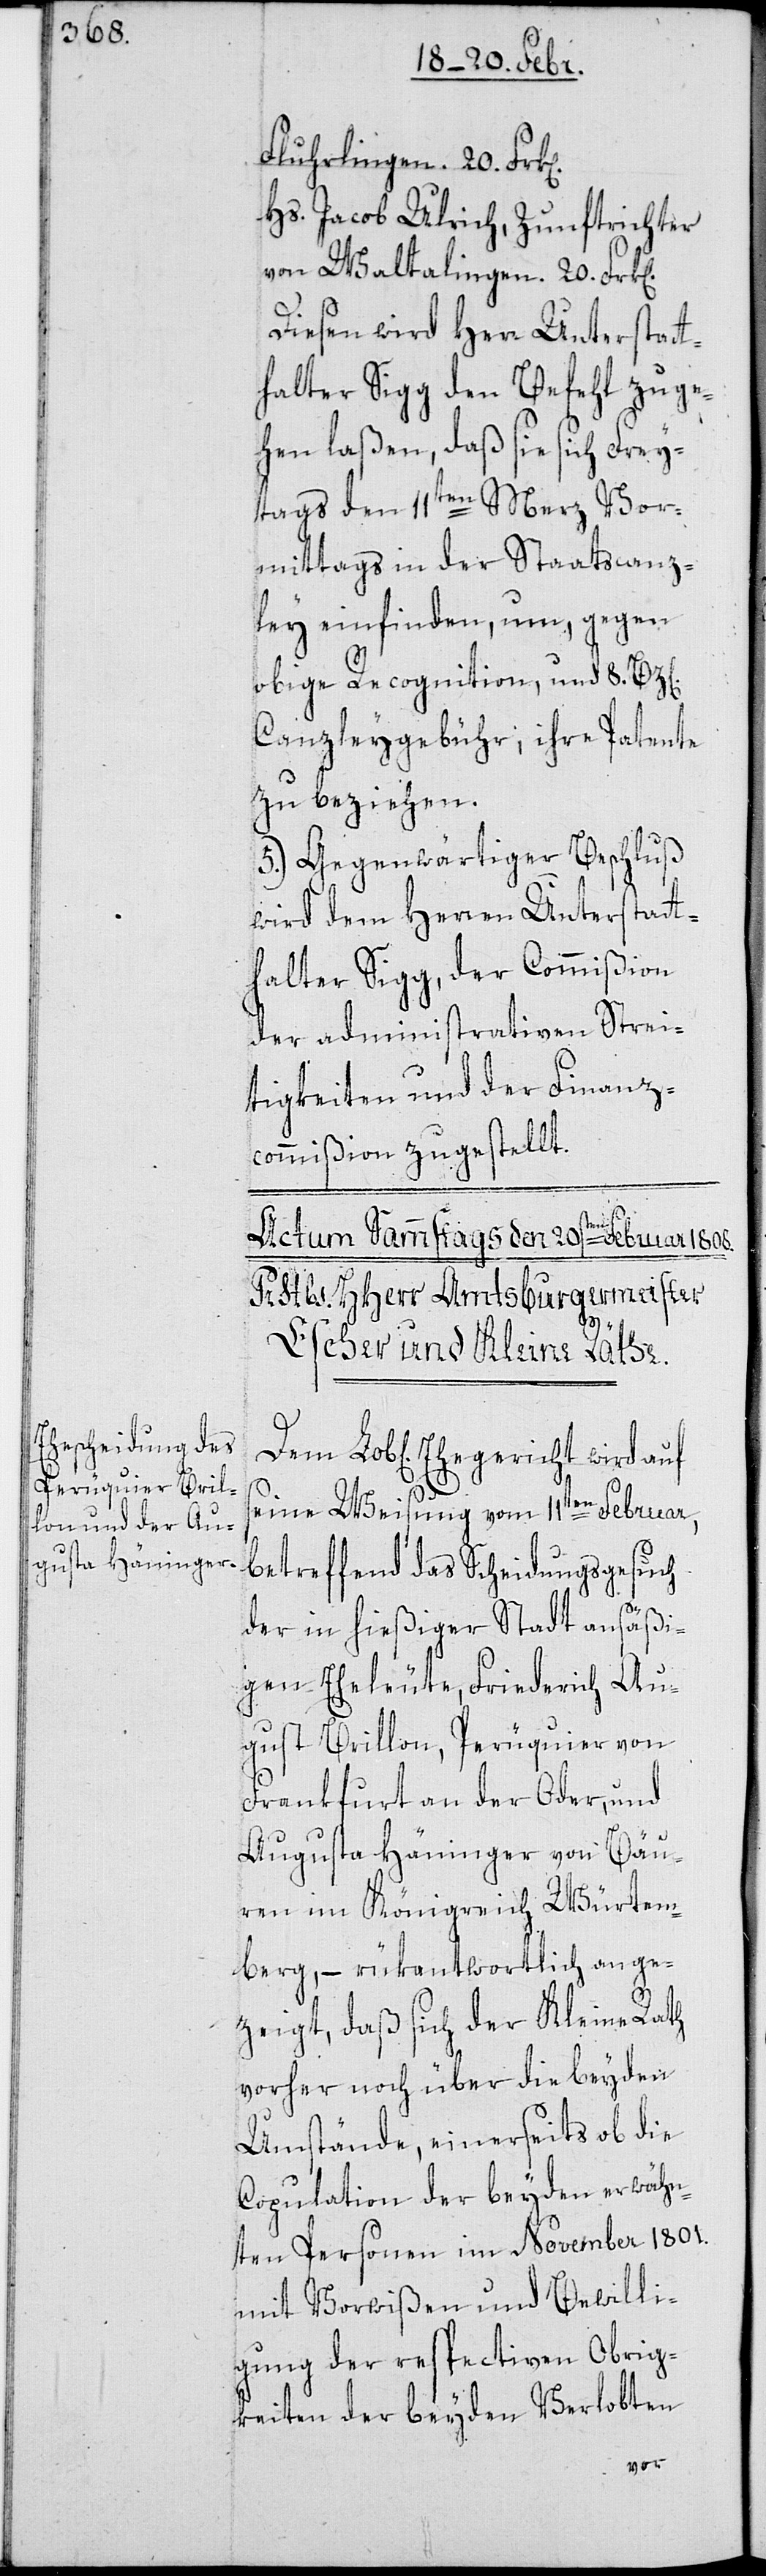
Fluhrlingen, 20. Fr¬
Hs. Jacob Ulrich, Zunftrichter
von Waltalingen, 20. Frk[e¬
Diesen wird Herr Unterstatt¬
halter Sigg den Befehl zuge¬
hen laßen, daß sie sich Frey¬
tags den 11ten Merz Vor¬
mittags in der Staatscanz¬
ley einfinden, um, gegen
obige Recognition und 8. Bz[e¬
Canzleygebühr, ihre Patente
zu beziehen.
5.) Gegenwärtiger Beschluß
wird dem Herren Unterstatt¬
halter Sigg, der Commißion
der administrativen Strei¬
tigkeiten und der Finanz¬
commißion zugestellt.
n].
Lob[lichen] Ehegericht wird auf
seine Weisung vom 11ten Februar,
betreffend das Scheidungsgesuch
der in hießiger Stadt ansäßi¬
gen Eheleute, Friederich Au¬
gust Brillon, Perüquier von
Frankfurt an der Oder, und
Augusta Häninger von Bäu¬
ren im Königreich Würtem¬
berg, – rükantwortlich ange¬
zeigt, daß sich der Kleine Rath
vorher noch über die beyden
Umstände, einerseits ob die
Copulation der beyden erwähn¬
ten Personen im November 1801.
mit Vorwißen und Bewilli¬
gung der respectiven Obrig¬
keiten der beyden Verlobten